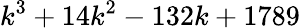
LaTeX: k^{3}+14k^{2}-132k+1789